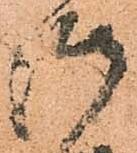
御